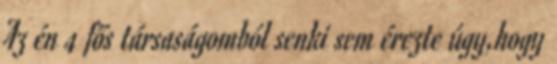
Az én 4 fős társaságomból senki sem érezte úgy,hogy